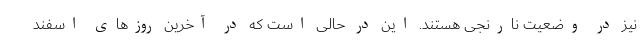
نیز در وضعیت نارنجی هستند. این در حالی است که در آخرین روزهای اسفند